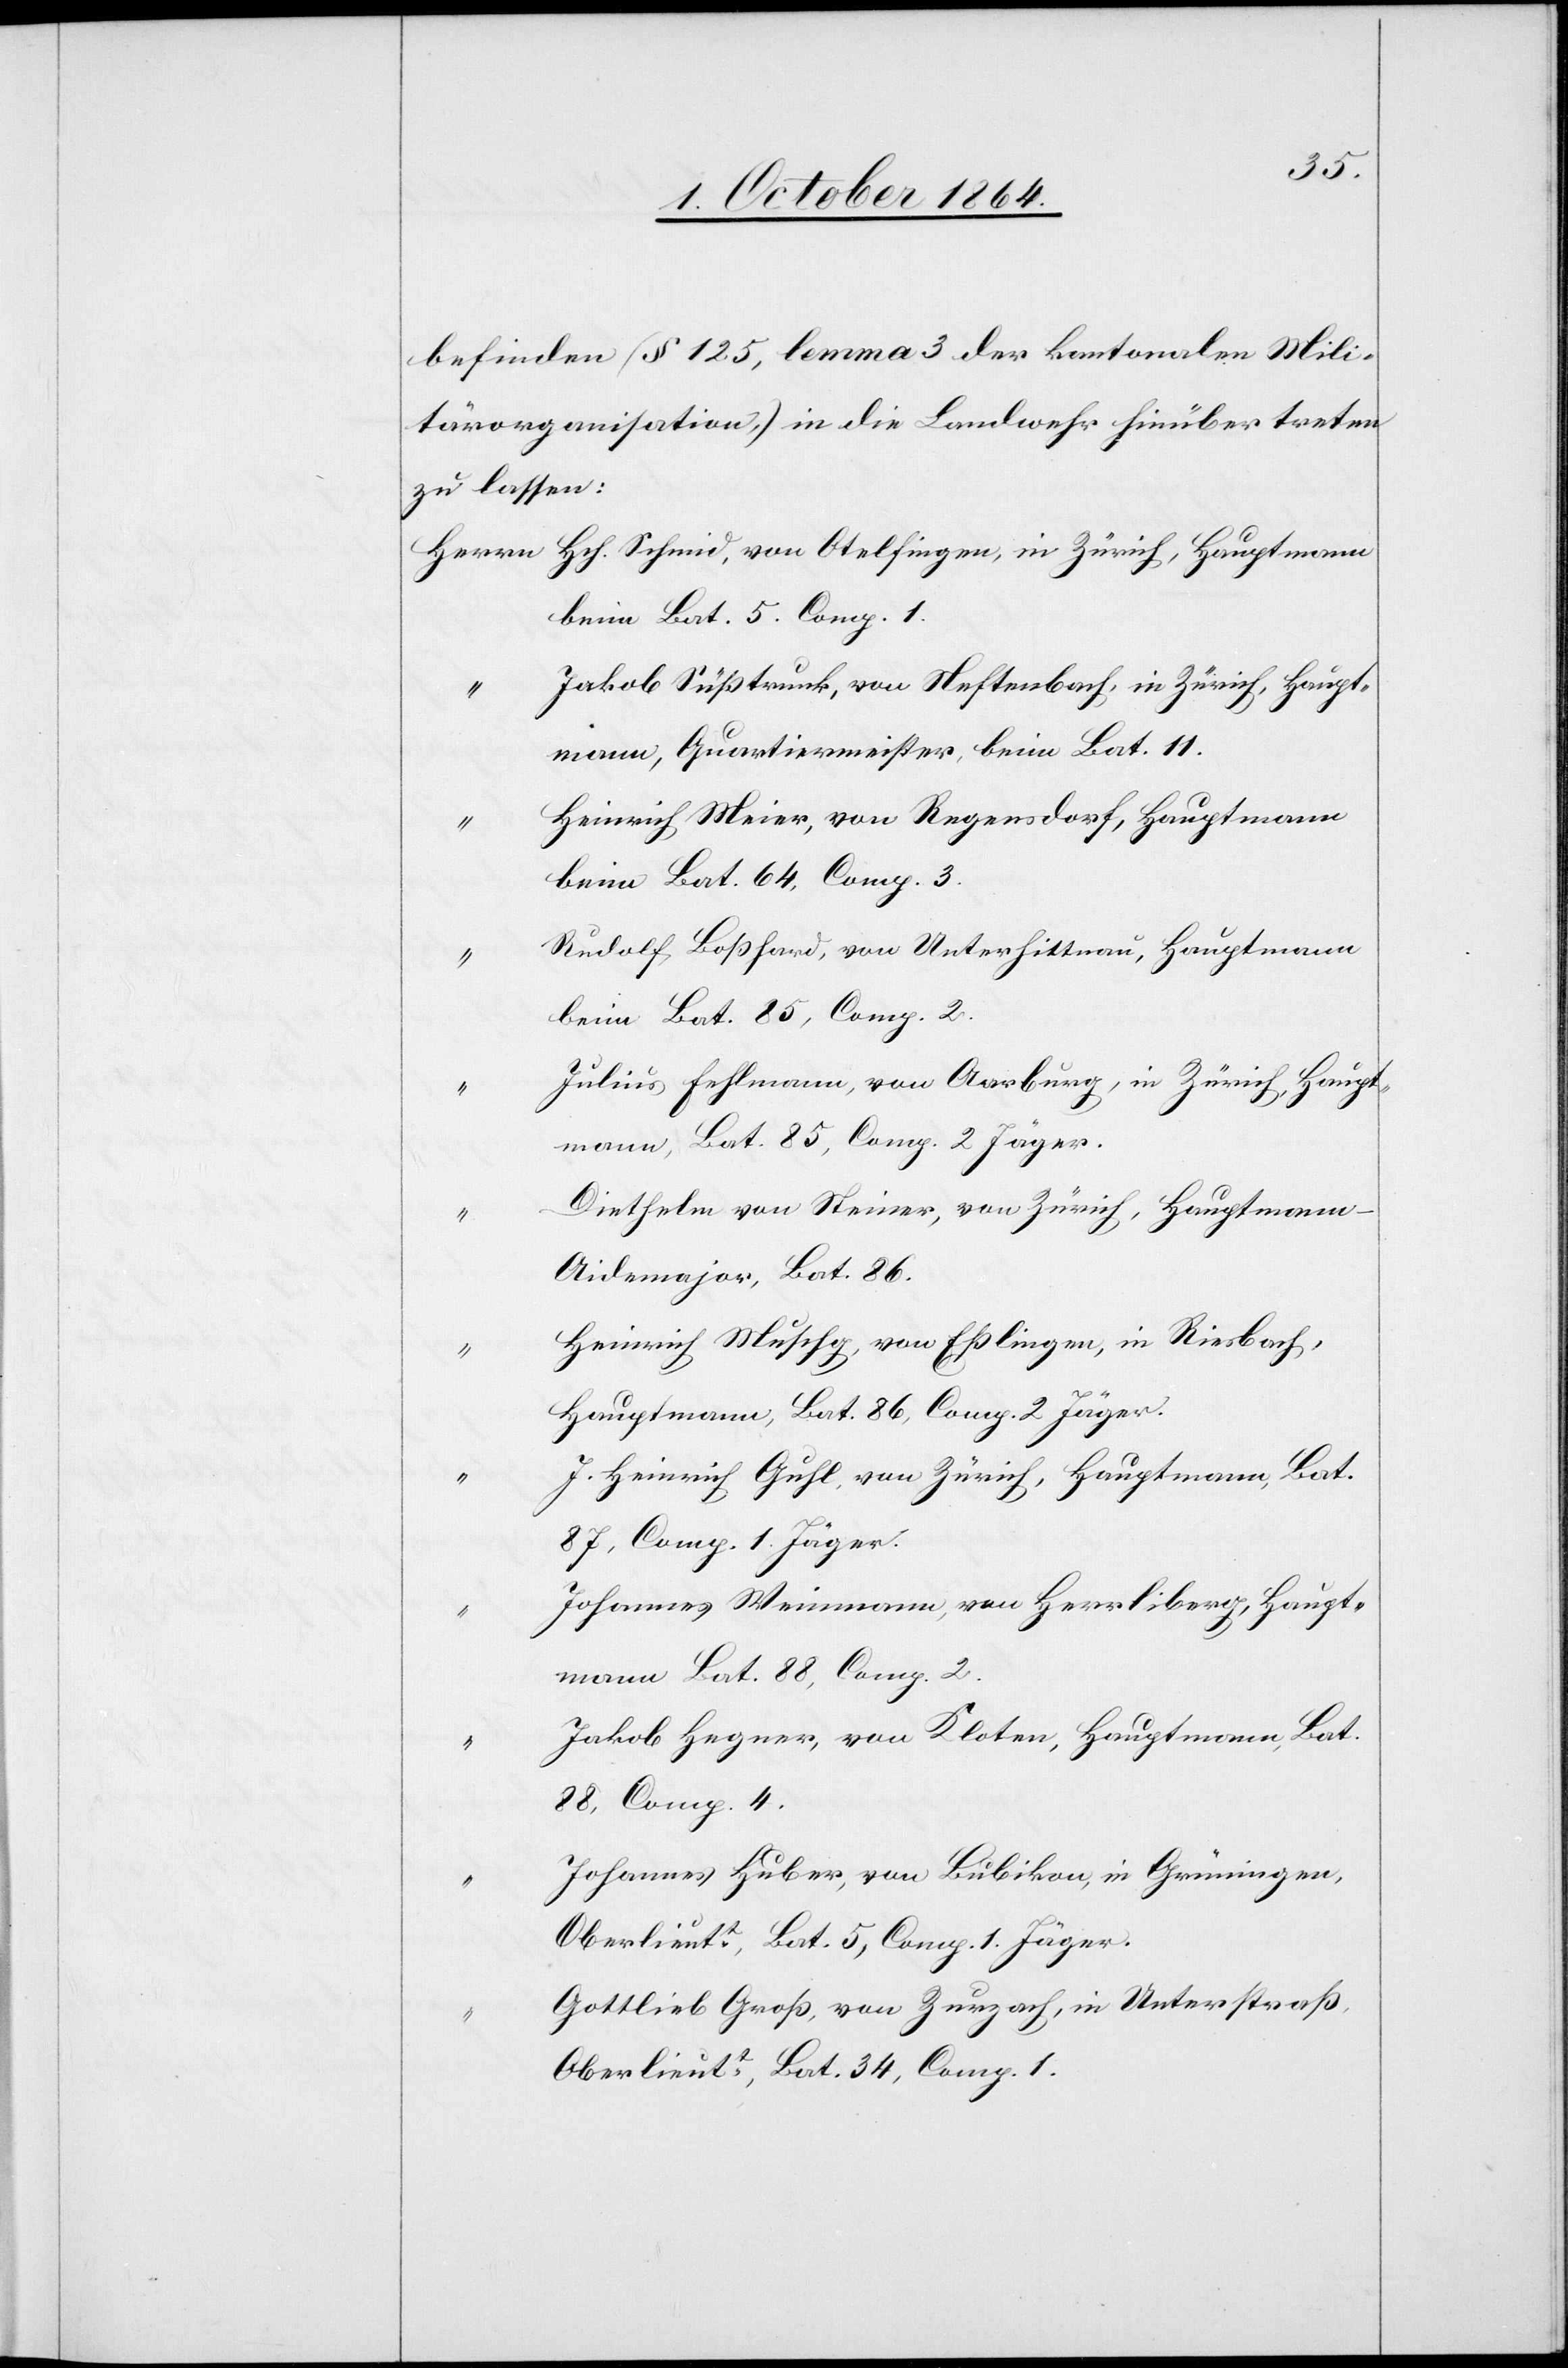
befinden (§ 125, lemma 3 der kantonalen Mili¬
tärorganisation,) in die Landwehr hinüber treten
zu lassen:
Herrn	Hch. Schmid, von Otelfingen, in Zürich, Hauptmann
beim Bat. 5. Comp. 1.
“	Jakob Süßtrunk, von Neftenbach, in Zürich, Haupt¬
mann, Quartiermeister, beim Bat. 11
“	Heinrich Meier, von Regensdorf, Hauptmann
beim Bat. 64, Comp. 3.
“	Rudolf Boßhard, von Unterhittnau, Hauptmann
beim Bat. 85, Comp. 2.
“	Julius Fehlmann, von Aarburg, in Zürich, Haupt¬
mann, Bat. 85, Comp. 2 Jäger.
“	Diethelm von Steiner, von Zürich, Hauptmann,
Aidemajor, Bat. 86.
“	Heinrich Muschg, von Eßlingen, in Riesbach,
Hauptmann, Bat. 86, Comp. 2 Jäger.
“	J. Heinrich Guhl, von Zürich, Hauptmann, Bat.
87, Comp. 1. Jäger.
“	Johannes Weinmann, von Herrliberg, Haupt¬
mann Bat. 88, Comp. 2.
“	Jakob Hegner, von Kloten, Hauptmann, Bat.
88, Comp. 4.
“	Johannes Huber, von Bubikon, in Grüningen,
Oberlieutt, Bat. 5, Comp. 1. Jäger.
“	Gottlieb Groß, von Zurzach, in Unterstraß,
Oberlieutt, Bat. 34, Comp. 1.